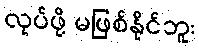
လုပ်ဖို့ မဖြစ်နိုင်ဘူး